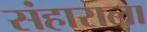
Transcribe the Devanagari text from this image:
संहाराला